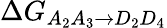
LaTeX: \Delta G_{A_{2}A_{3}\rightarrow D_{2}D_{4}}